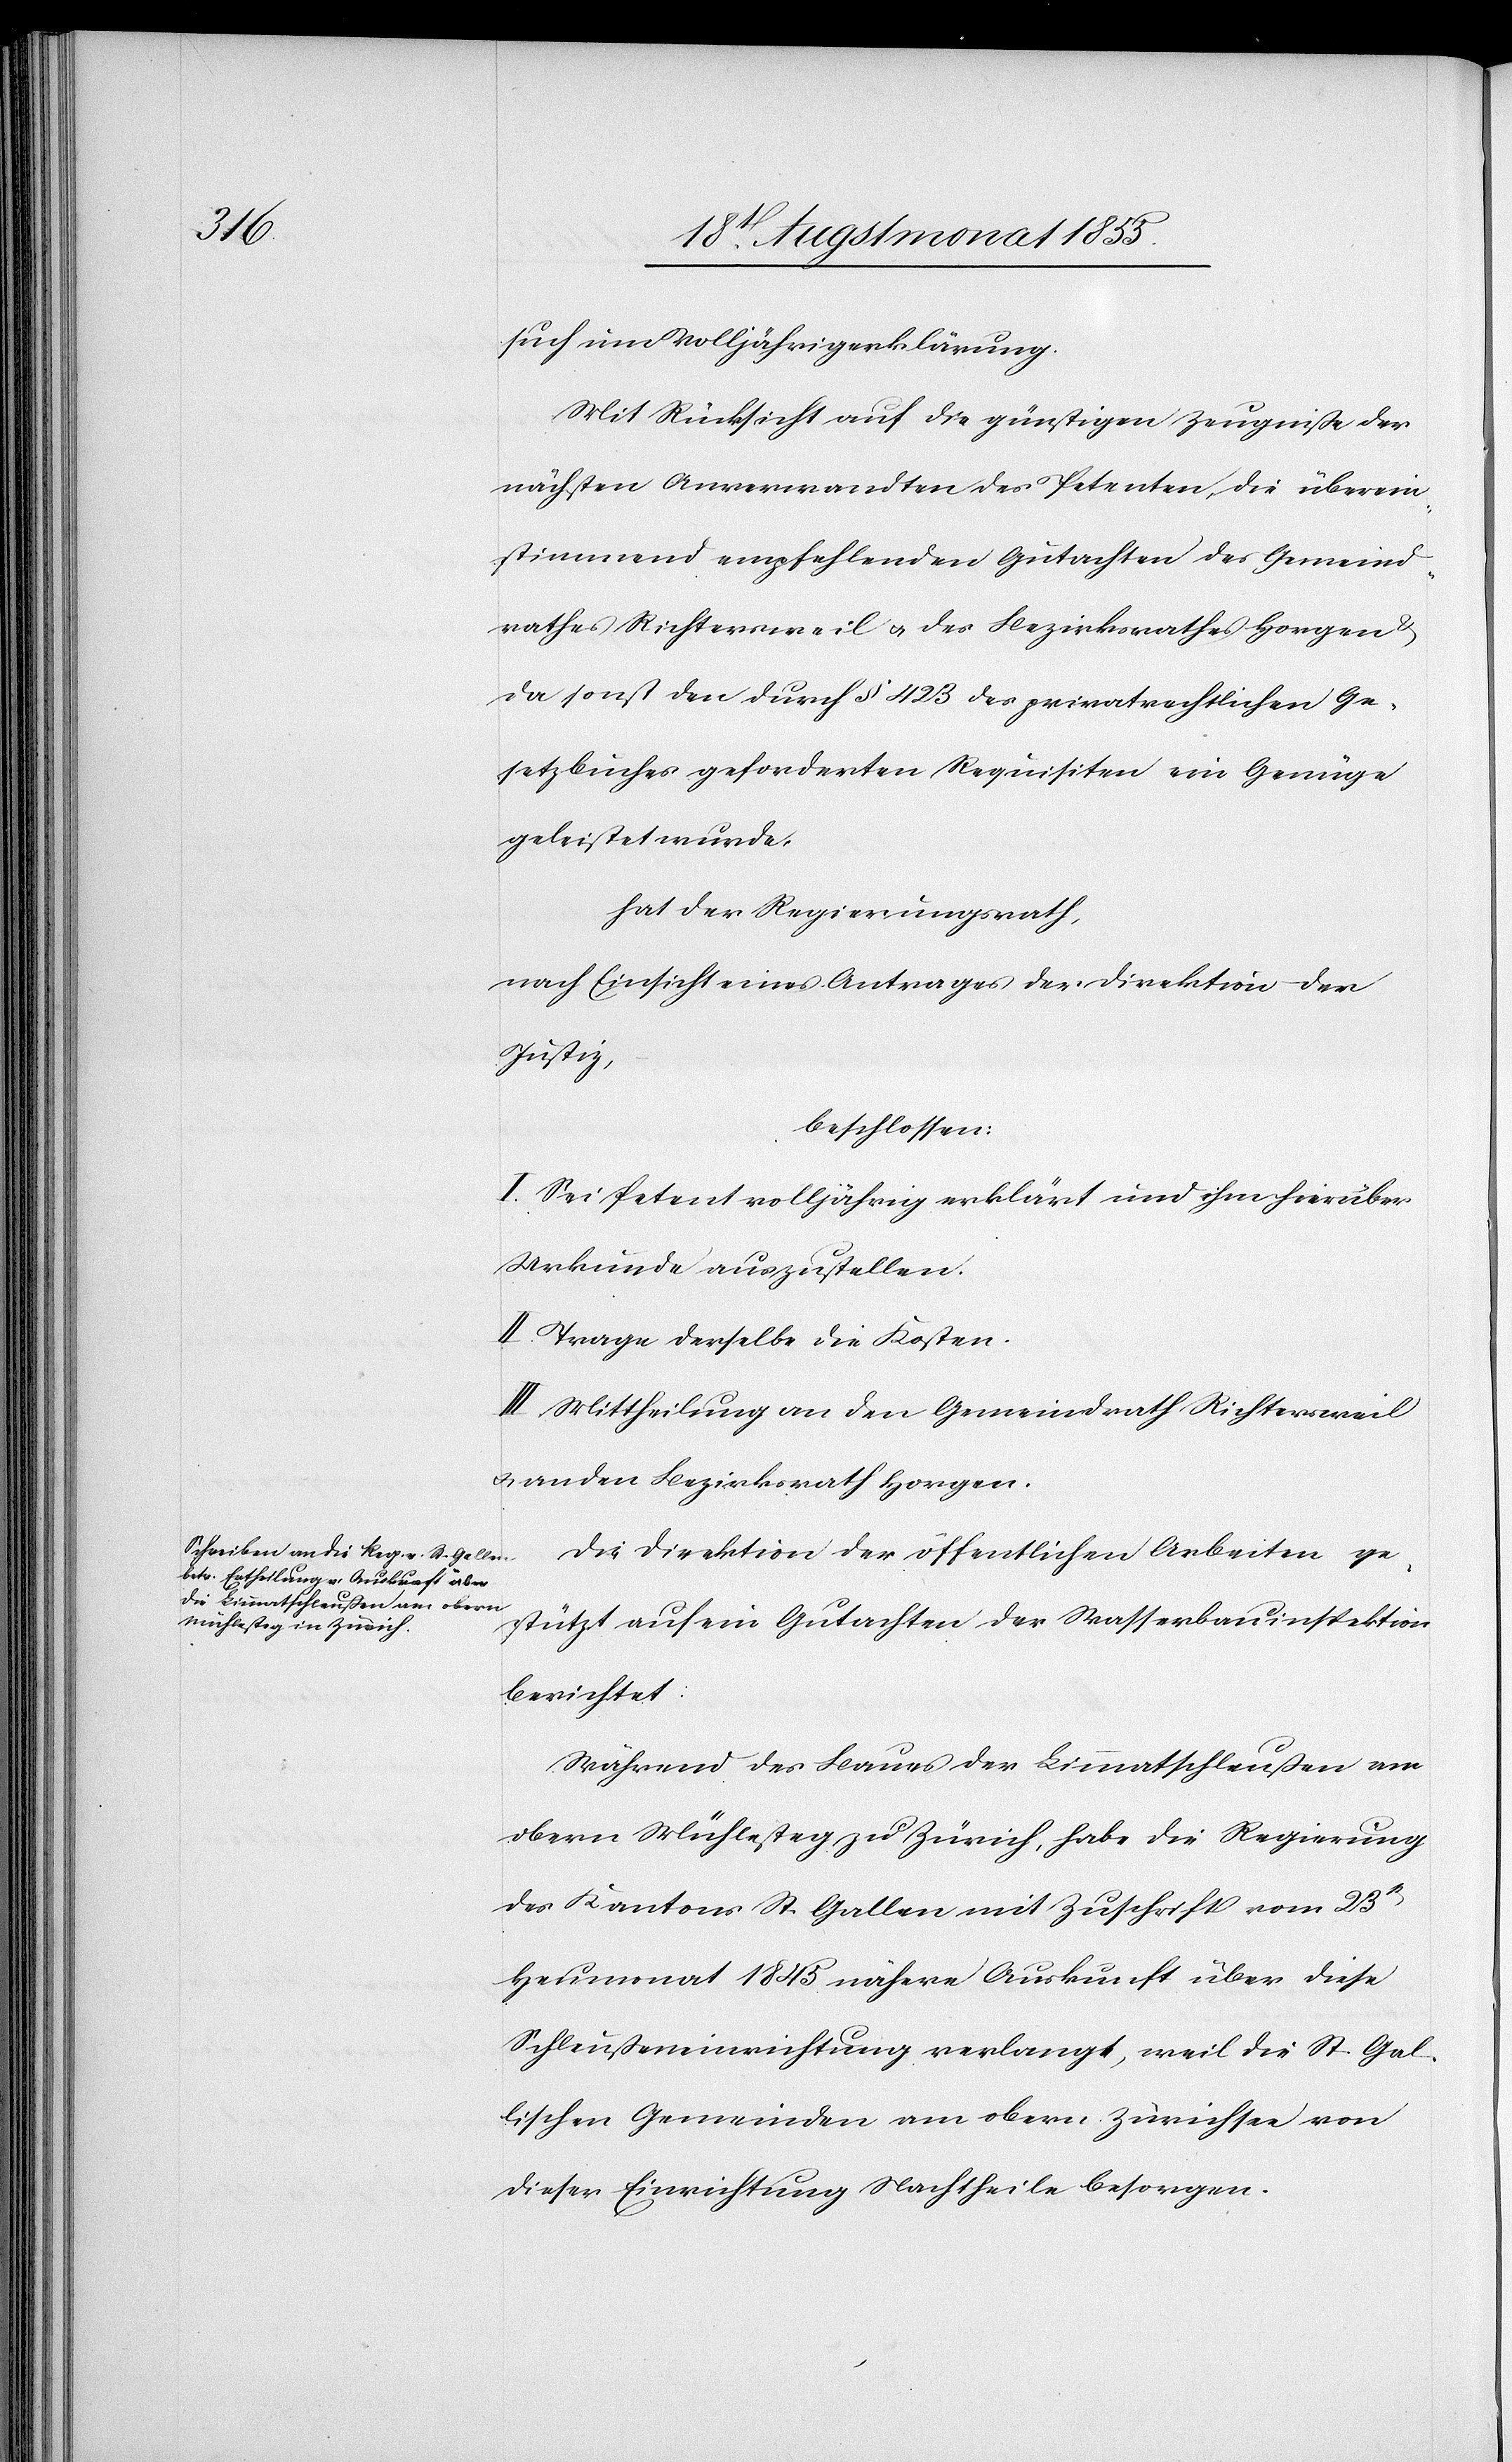
such um Volljährigerklärung.
Mit Rücksicht auf die günstigen Zeugniße der
nächsten Anverwandten des Petenten, die überein¬
stimmend empfehlenden Gutachten des Gemeind¬
rathes Richtersweil & des Bezirksrathes Horgen
da sonst den durch § 423 des privatrechtlichen Ge¬
setzbuches geforderten Requisiten ein Genüge
geleistet wurde,
hat der Regierungsrath,
nach Einsicht eines Antrages der Direktion der
Justiz,
beschlossen:
I. Sei Petent volljährig erklärt und ihm hierüber
Urkunde auszustellen.
II. Trage derselbe die Kosten.
III. Mittheilung an den Gemeindrath Richtersweil
& an den Bezirksrath Horgen.
Die Direktion der öffentlichen Arbeiten ge¬
stützt auf ein Gutachten der Wasserbauinspektion
berichtet:
Während des Baues der Limmatschleußen am
obern Mühlesteg zu Zürich, habe die Regierung
des Kantons St. Gallen mit Zuschrift vom 23st
Heumonat 1845 nähere Auskunft über diese
Schleußeneinrichtung verlangt, weil die St. Gal¬
lischen Gemeinden am obern Zürichsee von
dieser Einrichtung Nachtheile besorgen.